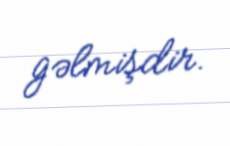
gəlmişdir.